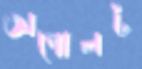
অপোলট